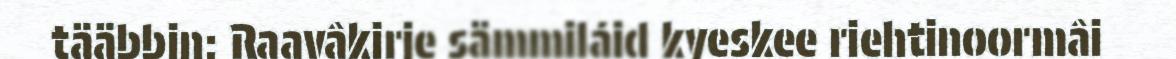
tääbbin: Raavâkirje sämmiláid kyeskee riehtinoormâi